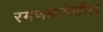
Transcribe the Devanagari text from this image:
रमणबागेतील